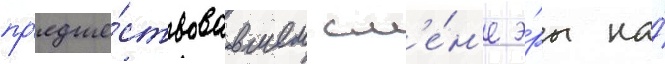
пр'едше́ствовавшем см'е́н'е э́ры на́